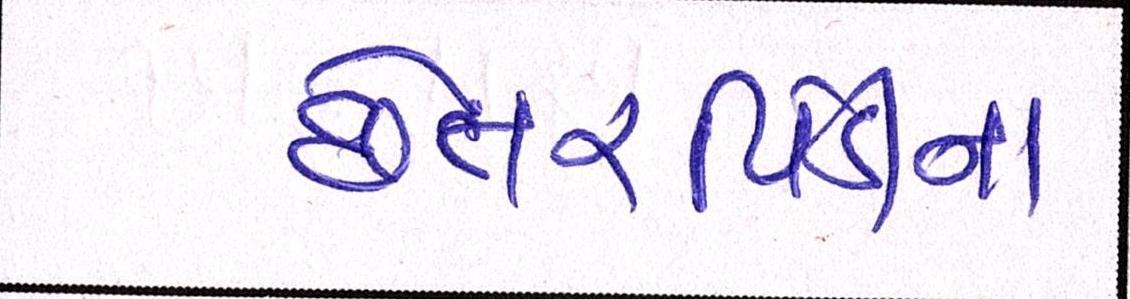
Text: છેતરપિંડીના